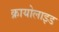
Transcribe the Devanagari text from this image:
क्रायोलाइड